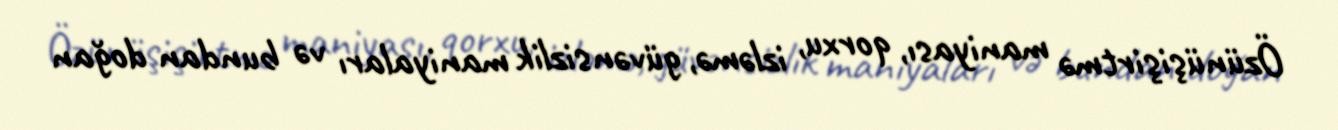
Özünüşişirtmə maniyası, qorxu, izləmə, güvənsizlik maniyaları və bundan doğan